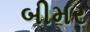
બીમર